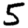
Digit: 5